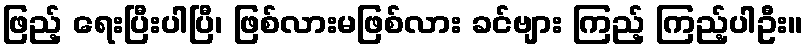
ဖြည့် ရေးပြီးပါပြီ၊ ဖြစ်လားမဖြစ်လား ခင်ဗျား ကြည့် ကြည့်ပါဦး။